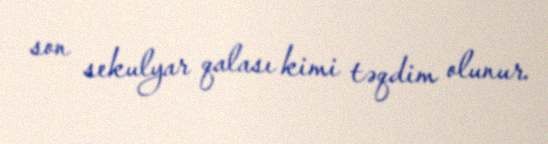
son sekulyar qalası kimi təqdim olunur.